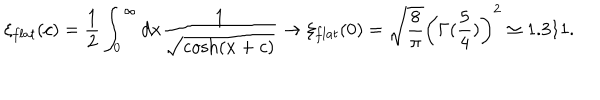
\xi _ { f l a t } ( c ) = \frac 1 2 \int _ { 0 } ^ { \infty } d x \frac { 1 } { \sqrt { \cosh ( x + c ) } } \rightarrow \xi _ { f l a t } ( 0 ) = \sqrt { \frac { 8 } { \pi } } \left( \Gamma ( \frac { 5 } { 4 } ) \right) ^ { 2 } \simeq 1 . 3 1 1 .